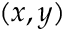
( x , y )